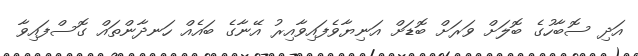
އަދި ސޮބާހުގެ ބޮލަށް ވަރަށް ބޮޑަށް އަނިޔާވެފައިވާއިރު އޭނާގެ ބަައެއް ހަނދާންތައް ގޮސްފައިވާ